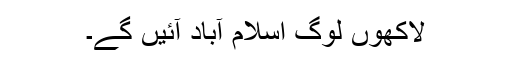
لاکھوں لوگ اسلام آباد آئیں گے۔